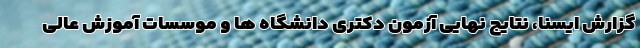
گزارش ایسنا، نتایج نهایی آزمون دکتری دانشگاه ها و موسسات آموزش عالی